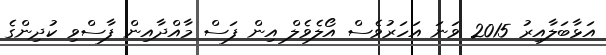
އަޅާބަލާއިރު 2015 ވަނަ އަހަރުވެސް އޯލެވެލް އިން ފަސް މާއްދާއިން ފާސްވި ކުދިންގެ